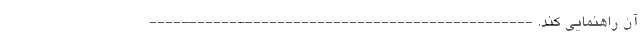
آن راهنمایی کند. ------------------------------------------------